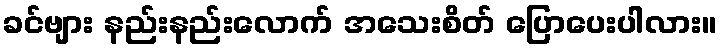
ခင်ဗျား နည်းနည်းလောက် အသေးစိတ် ပြောပေးပါလား။